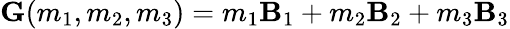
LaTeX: \mathbf{G}(m_{1},m_{2},m_{3})=m_{1}\mathbf{B}_{1}+m_{2}\mathbf{B}_{2}+m_{3}\mathbf{B}_{3}